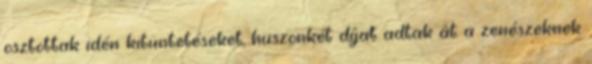
osztottak idén kitüntetéseket, huszonkét díjat adtak át a zenészeknek